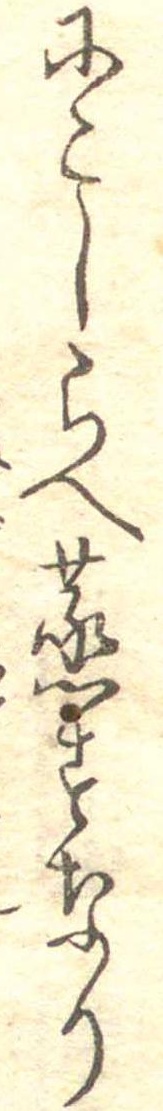
にこしらへ蒸すなり